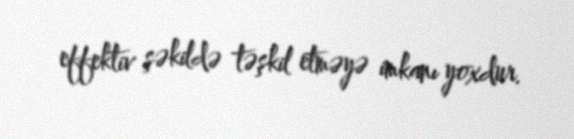
effektiv şəkildə təşkil etməyə imkanı yoxdur.